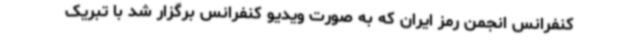
کنفرانس انجمن رمز ایران که به صورت ویدیو کنفرانس برگزار شد با تبریک